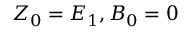
Z _ { 0 } = E _ { 1 } , B _ { 0 } = 0